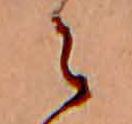
ら